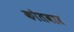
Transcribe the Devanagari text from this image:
कोतवार